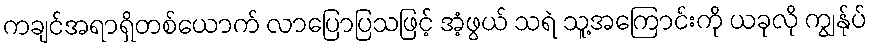
ကချင်အရာရှိတစ်ယောက် လာပြောပြသဖြင့် အံ့ဖွယ် သရဲ သူ့အကြောင်းကို ယခုလို ကျွန်ုပ်